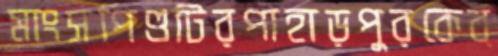
মাংসপিণ্ডটিরপাহাড়পুরকেব্